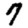
Digit: 7